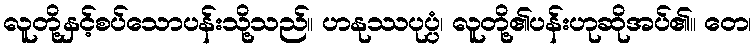
လူတို့နှင့်စပ်သောပန်းသို့သည်။ ဟနုဿပုပ္ပံ၊ လူတို့၏ပန်းဟုဆိုအပ်၏။ တေ၊